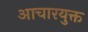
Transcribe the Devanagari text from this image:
आचारयुक्त